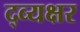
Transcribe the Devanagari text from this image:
द्व्यक्षर